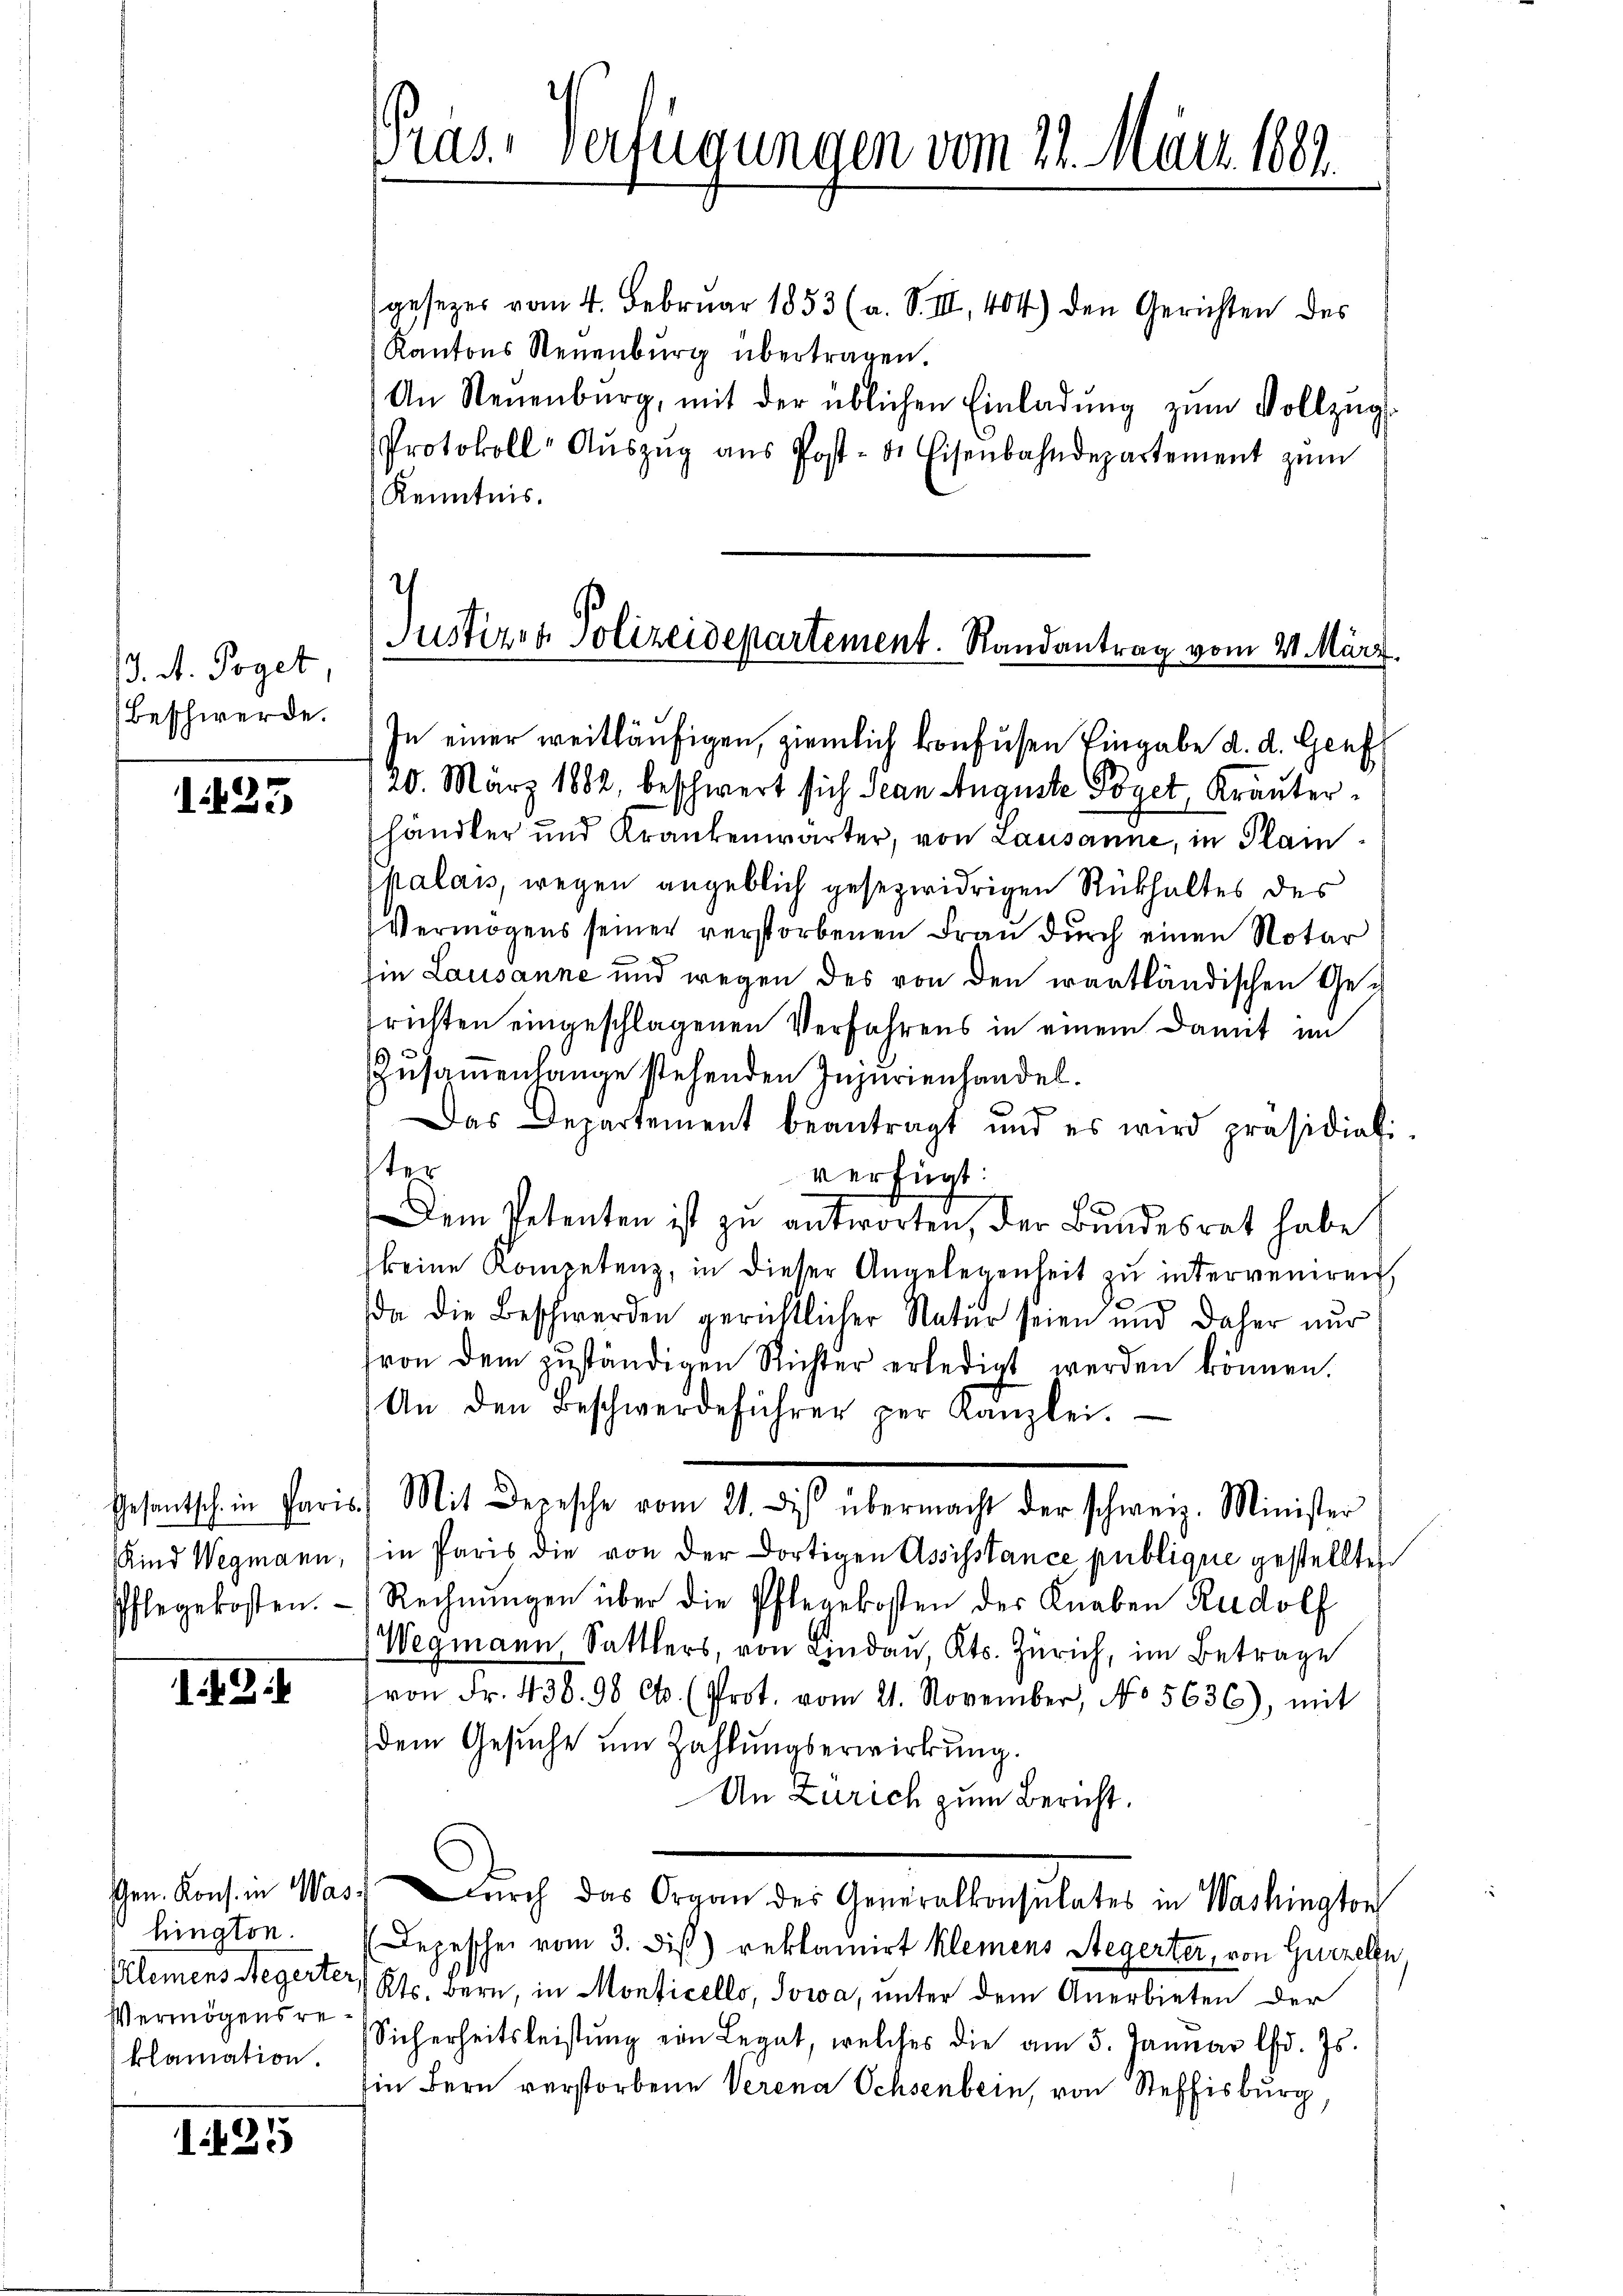
13. d. Poget
Beschwerde.

1423

Kind Wegmann,
Pflegekosten.

143.

Gen. Kons. in Washington.
Klemens Regerter,
Vermögensre
klamation.

1425

gesezes vom 4. Februar 1853 (a. S. III, 404) den Gerichten des
Kantons Neuenburg übertragen.
An Neuenburg, mit der üblichen Einladŭng zŭm Vollzŭg
Protokoll- Aŭszŭg aŭs Post- & Eisenbahndepartement zŭm
Kenntnis.

Pras. Verfügungen vom 22. Mai 1889.

Justiz & Polizeidepartement. Randantrag vom 4. März.

In einer weitläufigen, ziemlich konfusen Eingabe d. d. Genf
20. März 1882, beschwert sich Jean Auguste Poget, Kräuterhändler und Krankenwärter, von Lausanne, in Planpalais, wegen angeblich gesezwidrigen Rükhaltes des
Vermögens seiner verstorbenen Frau durch einen Notar
hin Lausanne und wegen des von den wantländischen Gerichten eingeschlagenen Verfahrens in einem Damit im
Zusammenlange stehenden Injurienhandel.
F
Das Departement beantragt und es wird präsidial-
ter
verfügt:
Dem Petenten ist zu antworten, der Bŭndesrat habe
keine Kompetenz, in dieser Angelegenheit zu interveniren,
(da die Beschwerden gerichtlicher Natur seien und daher nur
(von dem zŭständigen Richter erledigt werden können.
An den Beschwerdeführer per Kanzlei.
Gesantsch in Paris Mit Depesche vom 21. diβ übermacht der schweiz. Minister
in Paris die von der dortigen Assisstance publique gestellten
Rechnungen über die Pflegekosten der Knaben Rudolf
Wegmann, Sattlers, von Lindau, Kts. Zürich, im Betrage
von Fr. 438. 98 Cts. (Prot. vom 21. November, No. 5636), mit
dem Gesuche um Zahlungserwirkung.
An Zürich zum Bericht.
durch das Organ der Generalkonsulates in Washington
Depeschen vom 3. dieß) reklamirt kleinens Stegerter, von Giezeln,
Kts. Bern, in Monticello, Jowa, unter dem Anerbieten der
Sicherheitsleistŭng von Legat, welches die am 5. Januar lfd. Js.
Ein Bern verstorbene Verena Ochsenbein, von Steffisburg,